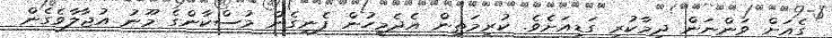
ގެއަށް ވަންނަން ދިމާކުރި ގަޑިއަށެވެ. ކުރިމަތިން އެދެމީހުން ފެނިގެން މުސްކާންގެ މޫނު އުޖާލާވެގެން